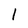
Character: 1